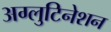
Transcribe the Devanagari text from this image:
अग्लुटिनेशन